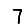
Digit: 7